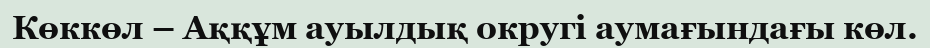
Көккөл – Аққұм ауылдық округі аумағындағы көл.